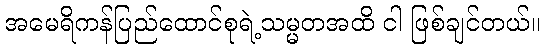
အမေရိကန်ပြည်ထောင်စုရဲ့သမ္မတအထိ ငါ ဖြစ်ချင်တယ်။